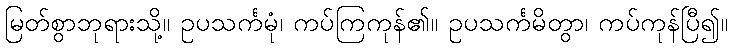
မြတ်စွာဘုရားသို့။ ဥပသင်္ကမုံ၊ ကပ်ကြကုန်၏။ ဥပသင်္ကမိတွာ၊ ကပ်ကုန်ပြီ၍။